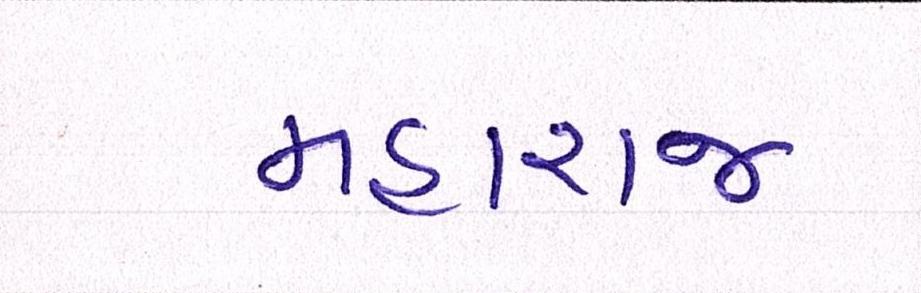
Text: મહારાજ